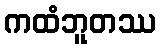
ကထံဘူတဿ